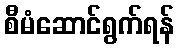
စီမံဆောင်ရွက်ရန်